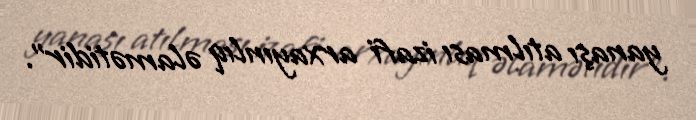
yanaşı atılması izafi arxayınlıq əlamətidir”.